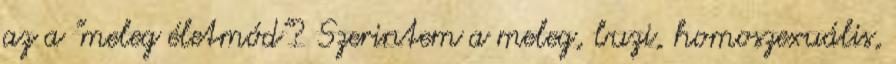
az a "meleg életmód"? Szerintem a meleg, buzi, homoszexuális,